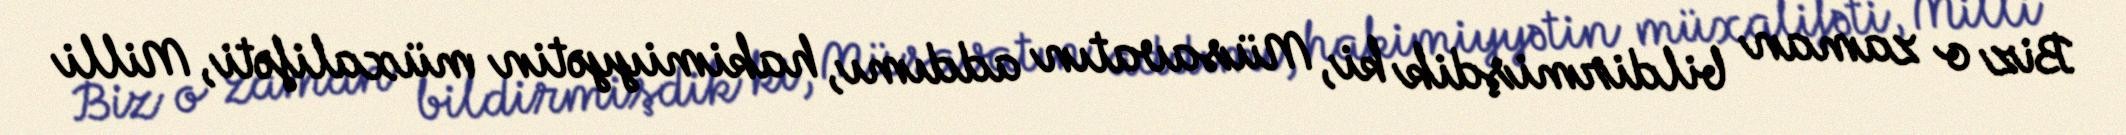
Biz o zaman bildirmişdik ki, Müsavatın addımı, hakimiyyətin müxalifəti, Milli